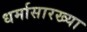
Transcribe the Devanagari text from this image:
धर्मासारख्या